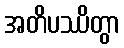
အတိပဿိတွာ